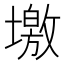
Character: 墽